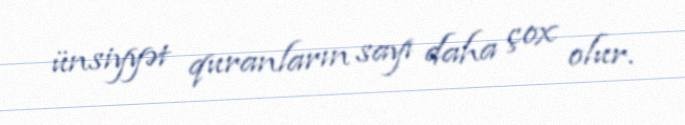
ünsiyyət quranların sayı daha çox olur.